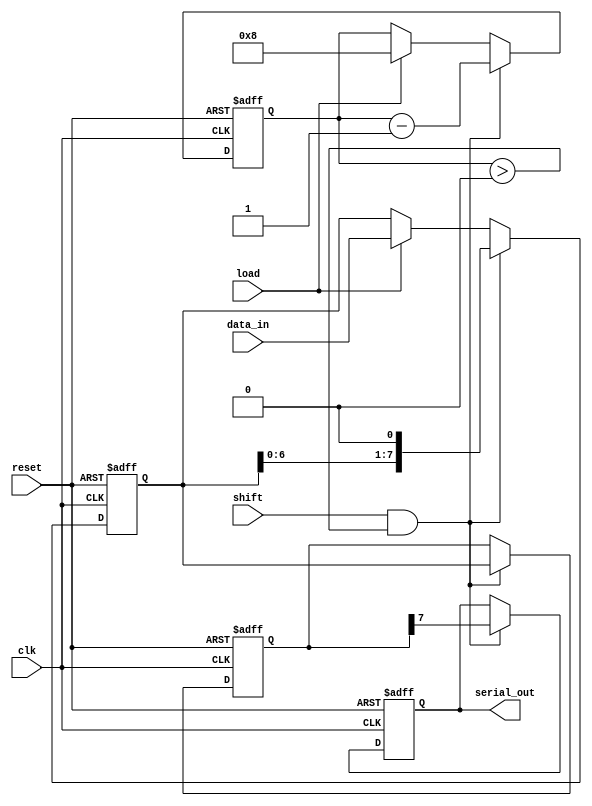
module TwoStagePISO #(
    parameter N = 8 // Width of the data
)(
    input wire clk,         // Clock signal
    input wire reset,       // Asynchronous reset
    input wire load,        // Load control signal
    input wire shift,       // Shift control signal
    input wire [N-1:0] data_in, // Parallel data input
    output reg serial_out    // Serial output
);

    // Internal registers for the two stages
    reg [N-1:0] input_stage;     // Input stage register
    reg [N-1:0] intermediate_stage; // Intermediate stage register
    reg [3:0] bit_count;         // Bit counter for shifting

    // Asynchronous reset
    always @(posedge clk or posedge reset) begin
        if (reset) begin
            input_stage <= 0;
            intermediate_stage <= 0;
            serial_out <= 0;
            bit_count <= 0;
        end else begin
            if (load) begin
                // Load data into input stage
                input_stage <= data_in;
                bit_count <= N; // Set the bit count to N when loading
            end
            
            if (shift && bit_count > 0) begin
                // Shift data from input stage to intermediate stage
                intermediate_stage <= input_stage;
                serial_out <= intermediate_stage[N-1]; // Output the MSB
                input_stage <= {input_stage[N-2:0], 1'b0}; // Shift left
                bit_count <= bit_count - 1; // Decrement the bit count
            end
        end
    end

endmodule